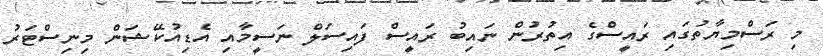
މި ރަސްމިޔާތުގައި ރައީސްގެ އިތުރުން ނައިބު ރައީސް ފައިސަލް ނަސީމާއި އެޑިއުކޭޝަން މިނިސްޓަރު